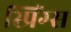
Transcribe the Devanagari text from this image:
स्प्रिंग्‍स